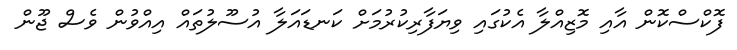
ފޮކްސްކޮން އާއި މޮޒިއްލާ އެކުގައި ވިޔަފާރިކުރުމަށް ކަނޑައަލާ އުސޫލުތައް އިއްވުން ވެސް ޖޫން